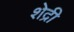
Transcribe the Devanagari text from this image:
शेद्री